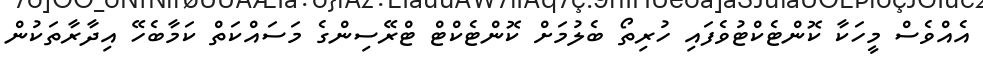
އެއްވެސް މީހަކާ ކޮންޓެކްޓުވެފައި ހުރިތޯ ބެލުމަށް ކޮންޓެކްޓް ޓްރޭސިންގެ މަސައްކަތް ކަމާބެހޭ އިދާރާތަކުން